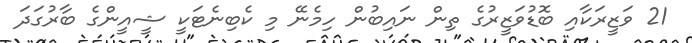
21 ވަޒީރަކާއި ބޮޑުވަޒީރުގެ ތިން ނައިބުން ހިމެނޭ މި ކެބިނެޓަކީ ޝީއީންގެ ބާރުގަދަ